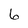
Character: 6